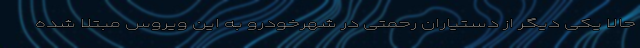
حالا یکی دیگر از دستیاران رحمتی در شهرخودرو به این ویروس مبتلا شده